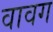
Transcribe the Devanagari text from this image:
वावग